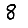
Digit: 8